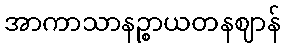
အာကာသာနဉ္စာယတနဈာန်